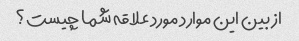
از بین این موارد مورد علاقه شما چیست؟